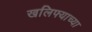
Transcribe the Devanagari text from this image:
खलिफ्याच्या